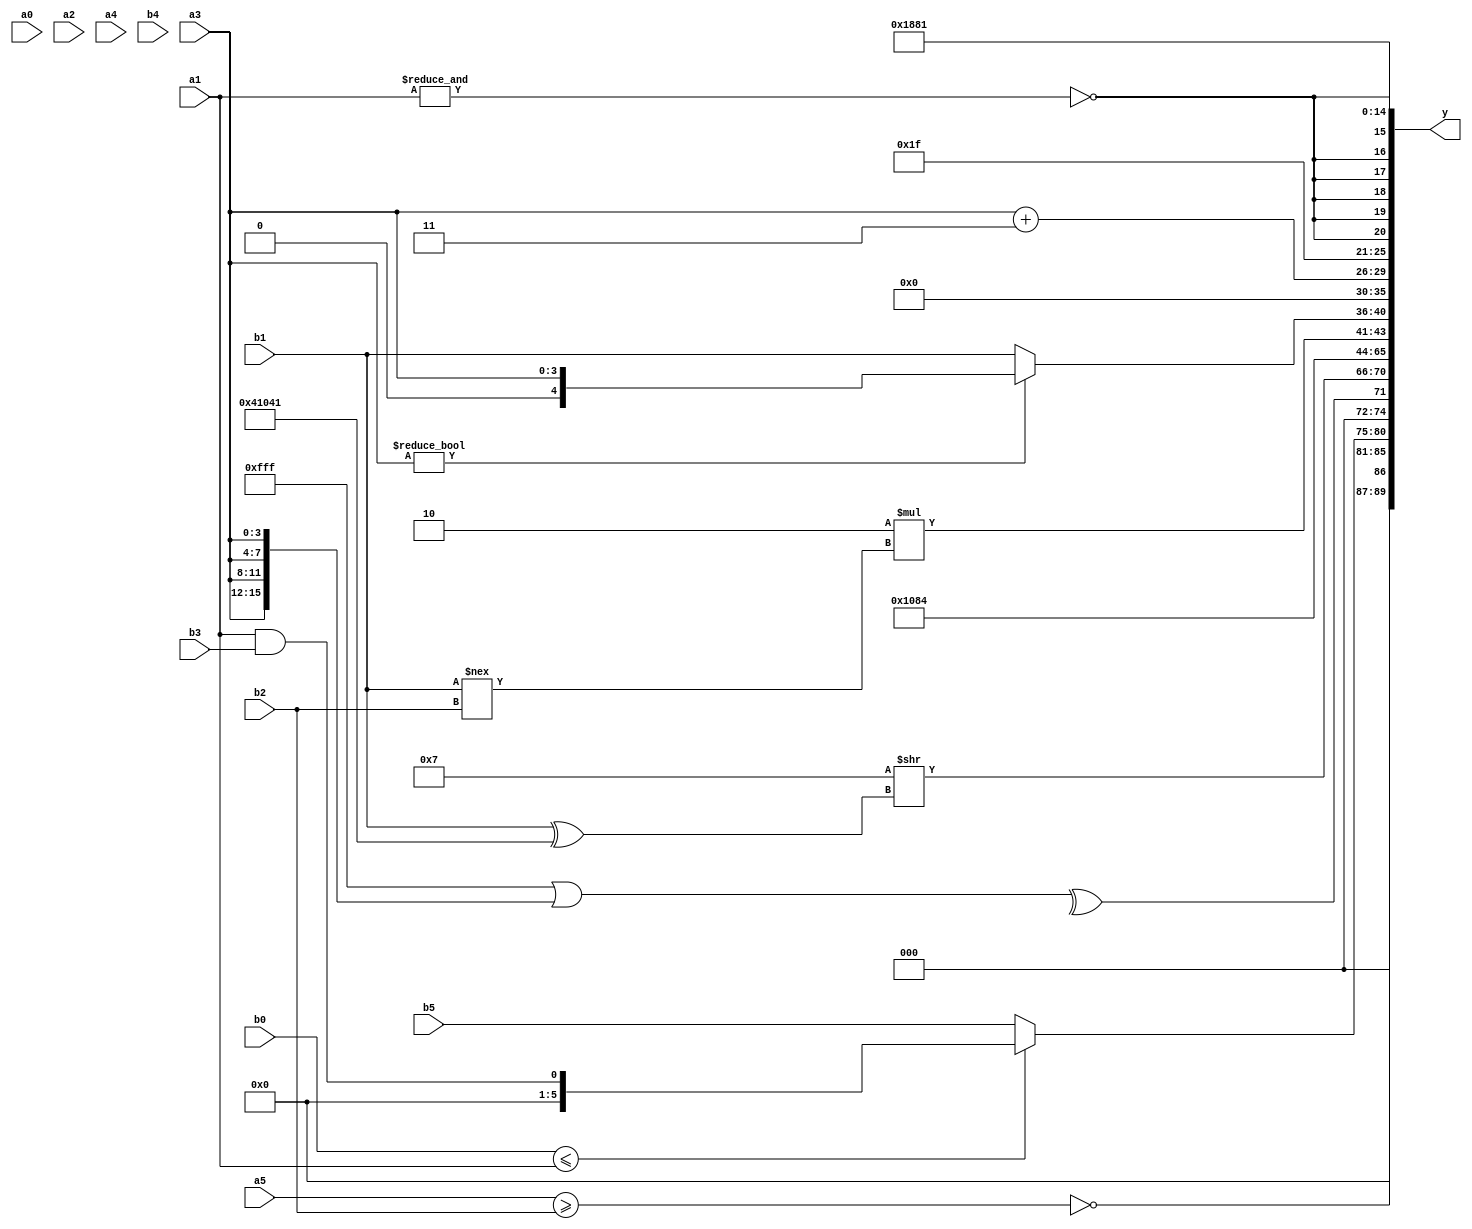
module expression_00283(a0, a1, a2, a3, a4, a5, b0, b1, b2, b3, b4, b5, y);
  input [3:0] a0;
  input [4:0] a1;
  input [5:0] a2;
  input signed [3:0] a3;
  input signed [4:0] a4;
  input signed [5:0] a5;

  input [3:0] b0;
  input [4:0] b1;
  input [5:0] b2;
  input signed [3:0] b3;
  input signed [4:0] b4;
  input signed [5:0] b5;

  wire [3:0] y0;
  wire [4:0] y1;
  wire [5:0] y2;
  wire signed [3:0] y3;
  wire signed [4:0] y4;
  wire signed [5:0] y5;
  wire [3:0] y6;
  wire [4:0] y7;
  wire [5:0] y8;
  wire signed [3:0] y9;
  wire signed [4:0] y10;
  wire signed [5:0] y11;
  wire [3:0] y12;
  wire [4:0] y13;
  wire [5:0] y14;
  wire signed [3:0] y15;
  wire signed [4:0] y16;
  wire signed [5:0] y17;

  output [89:0] y;
  assign y = {y0,y1,y2,y3,y4,y5,y6,y7,y8,y9,y10,y11,y12,y13,y14,y15,y16,y17};

  localparam [3:0] p0 = (2'd0);
  localparam [4:0] p1 = (((2'd1)^(4'sd5))/(2'sd0));
  localparam [5:0] p2 = (((~&((2'sd1)!=(5'd11)))>=(!{2{(-4'sd3)}}))&{1{(~^({4{(3'd2)}}&((2'd1)==(3'd1))))}});
  localparam signed [3:0] p3 = {(~{(5'd28),(3'sd1)}),((-5'sd5)<<<(4'd1)),((3'sd2)?(4'sd0):(3'sd1))};
  localparam signed [4:0] p4 = (5'd19);
  localparam signed [5:0] p5 = {{{(3'd7),(5'sd13),(2'd2)},(~^(3'sd0))},((3'sd0)?(-2'sd0):(3'd1))};
  localparam [3:0] p6 = ((~&((3'd5)-(-3'sd3)))%(5'sd4));
  localparam [4:0] p7 = ((&(-3'sd3))!==(~(4'd0)));
  localparam [5:0] p8 = (2'sd0);
  localparam signed [3:0] p9 = (~^(!(+{(4'd4),(2'd2)})));
  localparam signed [4:0] p10 = {{(4'd7),{(4'd4)}},{{(2'sd1)},{(3'd6),(5'd19),(-4'sd4)},{(4'sd5),(-3'sd2)}},(-5'sd6)};
  localparam signed [5:0] p11 = {{3{{{{3{(4'd10)}}}}}}};
  localparam [3:0] p12 = ((((5'd5)?(2'd3):(3'd1))?{1{(3'sd1)}}:{4{(-4'sd5)}})!=(~&((-(4'sd7))?((2'sd0)?(-3'sd2):(-3'sd2)):{3{(5'd20)}})));
  localparam [4:0] p13 = (5'd14);
  localparam [5:0] p14 = (2'd3);
  localparam signed [3:0] p15 = (-(~^(|(4'sd0))));
  localparam signed [4:0] p16 = {((5'd30)?(5'sd11):(3'd5)),((3'sd3)||(2'd1)),(4'sd6)};
  localparam signed [5:0] p17 = (((&(~|(2'sd1)))<<<((5'd16)%(-4'sd6)))<(~(!(~|(~^((4'd4)/(3'd5)))))));

  assign y0 = (&(~|(~(~&{4{(a5>=b2)}}))));
  assign y1 = (-(^(!(-(+(4'd10))))));
  assign y2 = ($signed((b0<=a1))?(a1&&b3):(b5<<<p8));
  assign y3 = (^({3{$signed(p15)}}|{4{a3}}));
  assign y4 = ((5'sd7)>>((p0?b2:b1)^{4{p2}}));
  assign y5 = ({p15,b2}?(^(p13>>>p5)):(b0+p3));
  assign y6 = ((4'd13)?(&{4{p15}}):(~(3'd6)));
  assign y7 = (2'sd1);
  assign y8 = (3'sd2);
  assign y9 = $unsigned((6'd2 * (b1!==b2)));
  assign y10 = (a3?a3:b1);
  assign y11 = (((2'd1)?(-5'sd0):(p1?a0:b2))?{(a3<=b2),(4'd2),{b1,a5,p16}}:(3'sd0));
  assign y12 = (a3+p14);
  assign y13 = (~(~^(+{(!{(^{{p10},(~&p14)})})})));
  assign y14 = {4{{2{(~&a1)}}}};
  assign y15 = (4'sd3);
  assign y16 = (3'd2);
  assign y17 = ($signed((-3'sd1))!=(-4'sd7));
endmodule